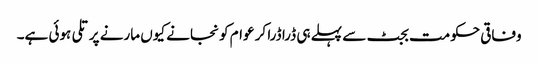
وفاقی حکومت بجٹ سے پہلے ہی ڈرا ڈرا کر عوام کو نجانے کیوں مارنے پر تلی ہوئی ہے۔